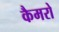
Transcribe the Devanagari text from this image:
कैमरो